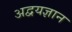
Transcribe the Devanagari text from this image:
अद्वयज्ञान